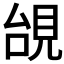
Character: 𧠜